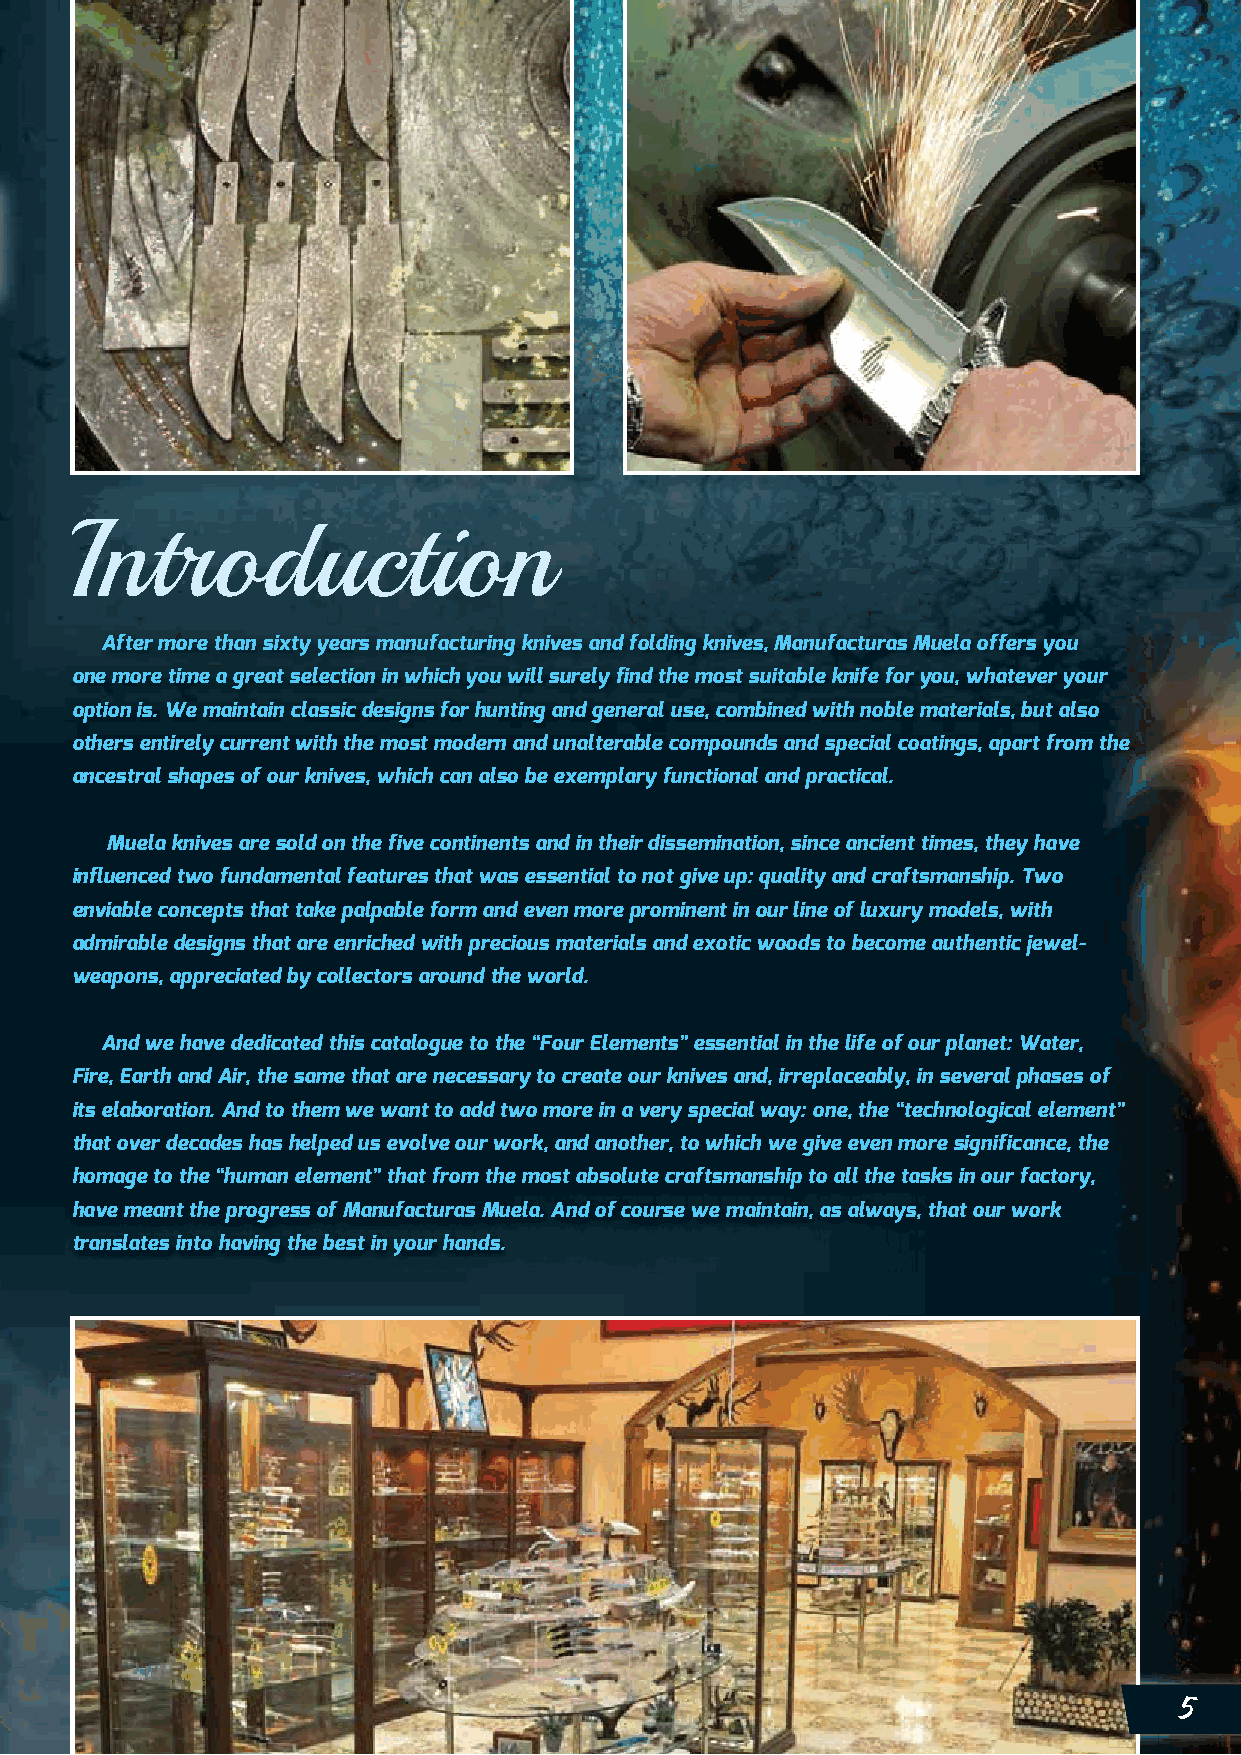
Introduction
 After more than sixty years manufacturing knives and folding knives, Manufacturas Muela offers you
 one more time a great selection in which you will surely find the most suitable knife for you, whatever your
 option is. We maintain classic designs for hunting and general use, combined with noble materials, but also
 others entirely current with the most modern and unalterable compounds and special coatings, apart from the
 ancestral shapes of our knives, which can also be exemplary functional and practical.
 Muela knives are sold on the five continents and in their dissemination, since ancient times, they have
 influenced two fundamental features that was essential to not give up: quality and craftsmanship. Two
 enviable concepts that take palpable form and even more prominent in our line of luxury models, with
 admirable designs that are enriched with precious materials and exotic woods to become authentic jewel-
 weapons, appreciated by collectors around the world.
 And we have dedicated this catalogue to the “Four Elements” essential in the life of our planet: Water,
 Fire, Earth and Air, the same that are necessary to create our knives and, irreplaceably, in several phases of
 its elaboration. And to them we want to add two more in a very special way: one, the “technological element”
 that over decades has helped us evolve our work, and another, to which we give even more significance, the
 homage to the “human element” that from the most absolute craftsmanship to all the tasks in our factory,
 have meant the progress of Manufacturas Muela. And of course we maintain, as always, that our work
 translates into having the best in your hands.
 5